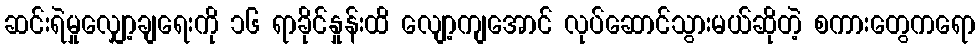
ဆင်းရဲမှုလျှော့ချရေးကို ၁၆ ရာခိုင်နှုန်းထိ လျော့ကျအောင် လုပ်ဆောင်သွားမယ်ဆိုတဲ့ စကားတွေကရော